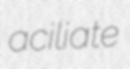
aciliate